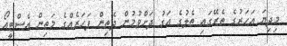
މިދިޔަ އަހަރުގެ ތެރޭގައި ތެލުގެ އަގު ދަށްވުމުން ދެތިން ފަހަރެއްގެ މަތިން އެސްޓީއޯ